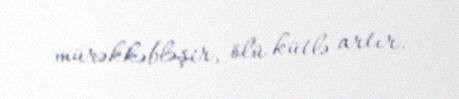
mürəkkəbləşir, ölü kütlə artır.